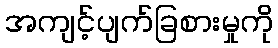
အကျင့်ပျက်ခြစားမှုကို